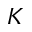
K